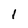
Character: 1